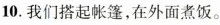
10.我们搭起帐篷，在外面煮饭。